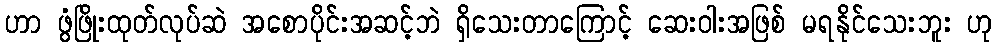
ဟာ ဖွံဖြိုးထုတ်လုပ်ဆဲ အစောပိုင်းအဆင့်ဘဲ ရှိသေးတာကြောင့် ဆေးဝါးအဖြစ် မရနိုင်သေးဘူး ဟု